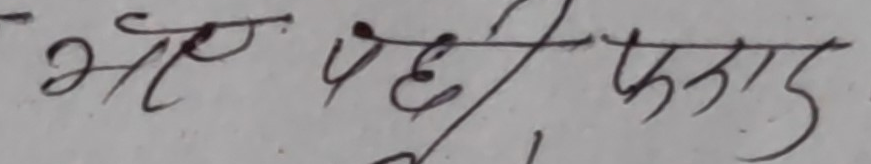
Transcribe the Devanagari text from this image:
भए पछि प्रकार